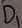
Text: D1